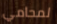
لمحامي